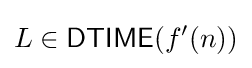
L\in {\mathsf {DTIME}}(f'(n))